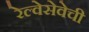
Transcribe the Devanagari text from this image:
रेल्वेसेवेची